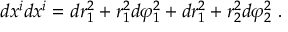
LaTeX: d x ^ { i } d x ^ { i } = d r _ { 1 } ^ { 2 } + r _ { 1 } ^ { 2 } d \varphi _ { 1 } ^ { 2 } + d r _ { 1 } ^ { 2 } + r _ { 2 } ^ { 2 } d \varphi _ { 2 } ^ { 2 } ~ .